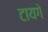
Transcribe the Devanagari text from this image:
टायगे